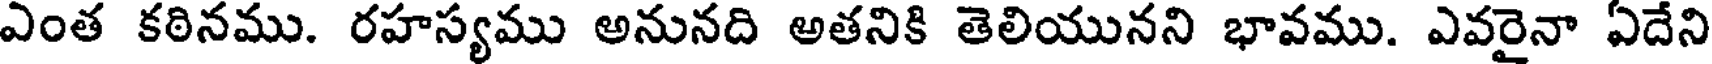
ఎంత కఠినము. రహస్యము అనునది అతనికి తెలియునని భావము. ఎవరైనా ఏదేని